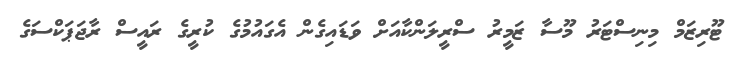
ޓޫރިޒަމް މިނިސްޓަރު މޫސާ ޒަމީރު ސްރީލަންކާއަށް ވަޑައިގެން އެގައުމުގެ ކުރީގެ ރައީސް ރާޖަޕަކްސަގެ